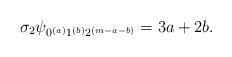
LaTeX: \begin{align*}\sigma_2 \psi_{0^{(a)}1^{(b)}2^{(m-a-b)}} = 3a+2b .\end{align*}